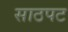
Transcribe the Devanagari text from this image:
साठपट